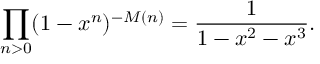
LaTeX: \prod _ { n > 0 } ( 1 - x ^ { n } ) ^ { - M ( n ) } = { \frac { 1 } { 1 - x ^ { 2 } - x ^ { 3 } } } .